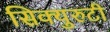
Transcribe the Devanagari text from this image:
सिक्युरुटी